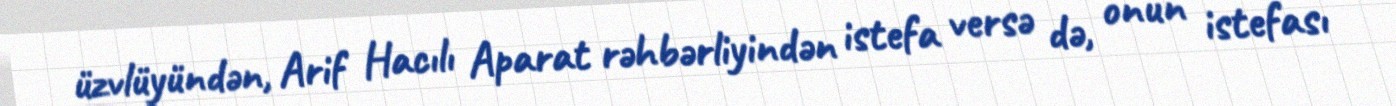
üzvlüyündən, Arif Hacılı Aparat rəhbərliyindən istefa versə də, onun istefası